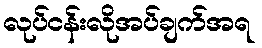
လုပ်ငန်းလိုအပ်ချက်အရ